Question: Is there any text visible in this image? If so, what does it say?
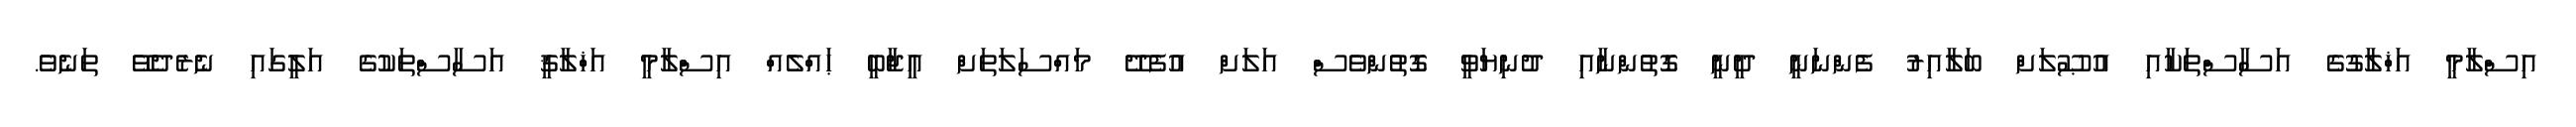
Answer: އިސްލާމީ އަޚްލާގުގެ އަސާސްތަކާއި އުޞޫލަށް ބަލާއިރު ފެންނަނީ ދީނީ ގޮތުންނާއި ދުނިޔަވީ ގޮތުންވެސް އަލަށް އުފެދޭ މައްސަލަތަށް އީޖާބީ ޙައްލެއް އިސްލާމީ އަޚްލާޤީ އަސާސްތަކުގެ އަލީގައި ނެރެދެވޭ ތަނެވެ.